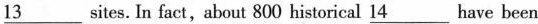
\underline{13} sites. In fact,about 800 historical \underline{14} have been